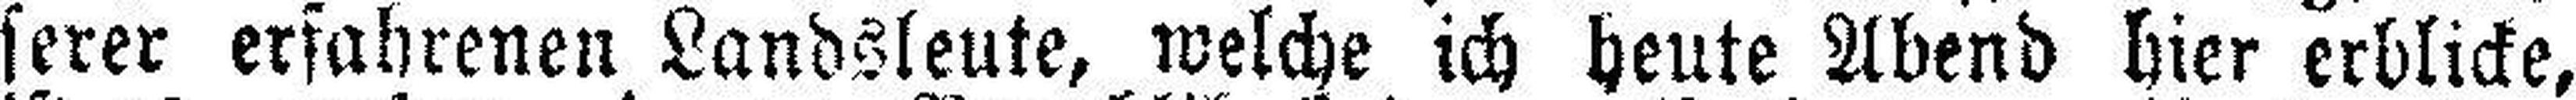
serer erfahrenen Landsleute, welche ich heute Abend hier erblicke,